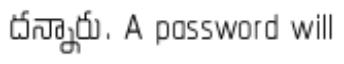
దన్నారు. A password will